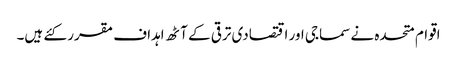
اقوام متحدہ نے سماجی اور اقتصادی ترقی کے آٹھ اہداف مقرر کئے ہیں۔